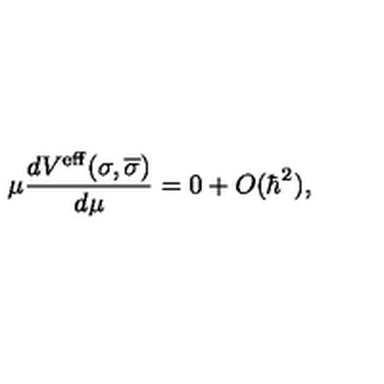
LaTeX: \mu \frac { d V ^ { \mathrm { e f f } } ( \sigma , \overline { { \sigma } } ) } { d \mu } = 0 + O ( \hbar ^ { 2 } ) ,